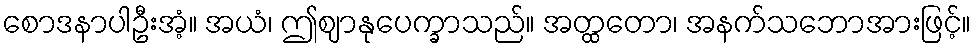
စောဒနာပါဦးအံ့။ အယံ၊ ဤဈာနုပေက္ခာသည်။ အတ္ထတော၊ အနက်သဘောအားဖြင့်။